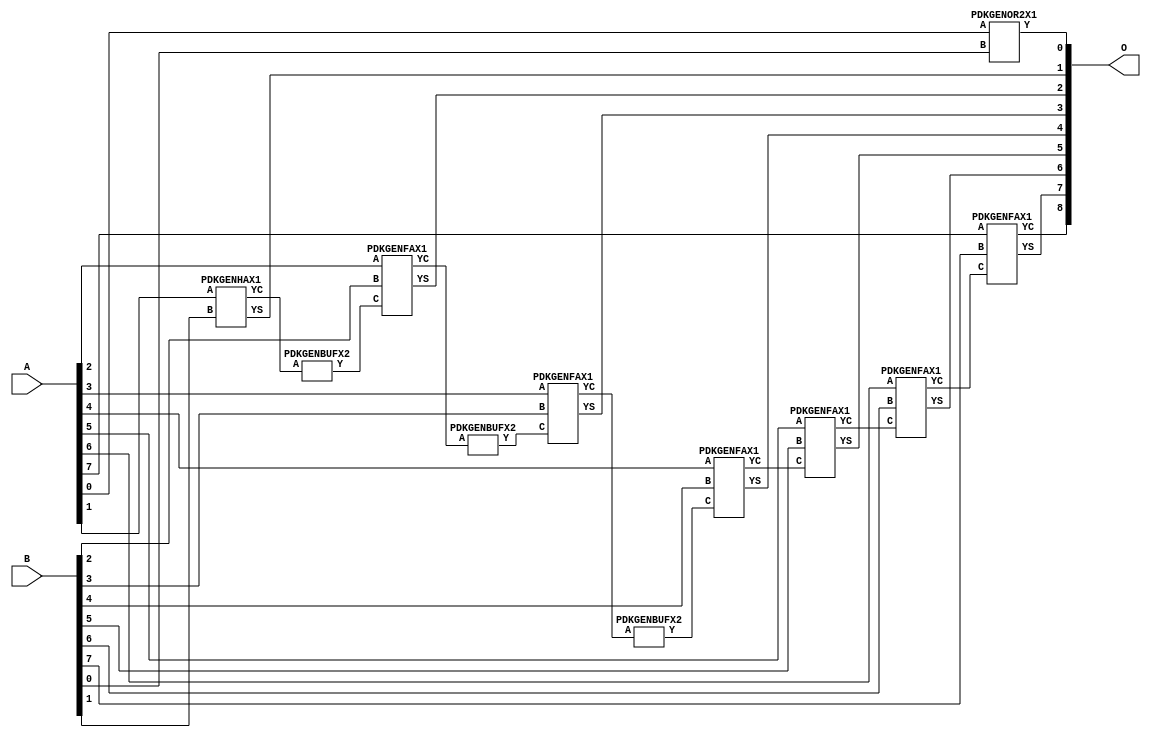
/***
* This code is a part of EvoApproxLib library (ehw.fit.vutbr.cz/approxlib) distributed under The MIT License.
* When used, please cite the following article(s): V. Mrazek, R. Hrbacek, Z. Vasicek and L. Sekanina, "EvoApprox8b: Library of approximate adders and multipliers for circuit design and benchmarking of approximation methods". Design, Automation & Test in Europe Conference & Exhibition (DATE), 2017, Lausanne, 2017, pp. 258-261. doi: 10.23919/DATE.2017.7926993 
* This file contains a circuit from a sub-set of pareto optimal circuits with respect to the pwr and mse parameters
***/
// MAE% = 0.039 %
// MAE = 0.2 
// WCE% = 0.20 %
// WCE = 1.0 
// WCRE% = 50.00 %
// EP% = 25.00 %
// MRE% = 0.14 %
// MSE = 0.2 
// PDK45_PWR = 0.029 mW
// PDK45_AREA = 63.8 um2
// PDK45_DELAY = 0.55 ns


module add8u_5R3(A, B, O);
  input [7:0] A;
  input [7:0] B;
  output [8:0] O;
  wire [2031:0] N;
  assign N[0] = A[0];
  assign N[1] = A[0];
  assign N[2] = A[1];
  assign N[3] = A[1];
  assign N[4] = A[2];
  assign N[5] = A[2];
  assign N[6] = A[3];
  assign N[7] = A[3];
  assign N[8] = A[4];
  assign N[9] = A[4];
  assign N[10] = A[5];
  assign N[11] = A[5];
  assign N[12] = A[6];
  assign N[13] = A[6];
  assign N[14] = A[7];
  assign N[15] = A[7];
  assign N[16] = B[0];
  assign N[17] = B[0];
  assign N[18] = B[1];
  assign N[19] = B[1];
  assign N[20] = B[2];
  assign N[21] = B[2];
  assign N[22] = B[3];
  assign N[23] = B[3];
  assign N[24] = B[4];
  assign N[25] = B[4];
  assign N[26] = B[5];
  assign N[27] = B[5];
  assign N[28] = B[6];
  assign N[29] = B[6];
  assign N[30] = B[7];
  assign N[31] = B[7];
  PDKGENOR2X1 n76(.A(N[0]), .B(N[16]), .Y(N[76]));
  PDKGENHAX1 n82(.A(N[2]), .B(N[18]), .YS(N[82]), .YC(N[83]));
  PDKGENBUFX2 n112(.A(N[83]), .Y(N[112]));
  assign N[113] = N[112];
  PDKGENFAX1 n132(.A(N[4]), .B(N[20]), .C(N[113]), .YS(N[132]), .YC(N[133]));
  PDKGENBUFX2 n174(.A(N[133]), .Y(N[174]));
  PDKGENFAX1 n182(.A(N[6]), .B(N[22]), .C(N[174]), .YS(N[182]), .YC(N[183]));
  PDKGENBUFX2 n208(.A(N[183]), .Y(N[208]));
  PDKGENFAX1 n232(.A(N[8]), .B(N[24]), .C(N[208]), .YS(N[232]), .YC(N[233]));
  PDKGENFAX1 n282(.A(N[10]), .B(N[26]), .C(N[233]), .YS(N[282]), .YC(N[283]));
  PDKGENFAX1 n332(.A(N[12]), .B(N[28]), .C(N[283]), .YS(N[332]), .YC(N[333]));
  PDKGENFAX1 n382(.A(N[14]), .B(N[30]), .C(N[333]), .YS(N[382]), .YC(N[383]));
  assign O[0] = N[76];
  assign O[1] = N[82];
  assign O[2] = N[132];
  assign O[3] = N[182];
  assign O[4] = N[232];
  assign O[5] = N[282];
  assign O[6] = N[332];
  assign O[7] = N[382];
  assign O[8] = N[383];
endmodule


/* mod */
module PDKGENOR2X1(input A, input B, output Y );
     assign Y = A | B;
endmodule
/* mod */
module PDKGENHAX1( input A, input B, output YS, output YC );
    assign YS = A ^ B;
    assign YC = A & B;
endmodule
/* mod */
module PDKGENFAX1( input A, input B, input C, output YS, output YC );
    assign YS = (A ^ B) ^ C;
    assign YC = (A & B) | (B & C) | (A & C);
endmodule
/* mod */
module PDKGENBUFX2(input A, output Y );
     assign Y = A;
endmodule